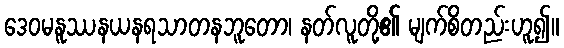
ဒေဝမနူဿနယနရသာတနဘူတော၊ နတ်လူတို့၏ မျက်စိတည်းဟူ၍။